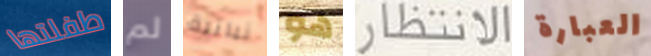
طفلتها لم نباتية هو الانتظار العبارة